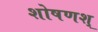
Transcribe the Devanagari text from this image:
शोषणश्